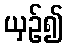
ယှဉ်၍